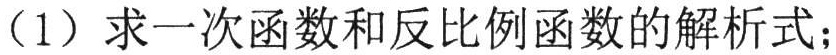
（1）求一次函数和反比例函数的解析式；